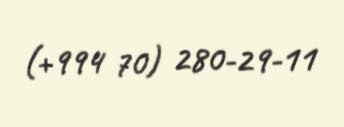
(+994 70) 280-29-11